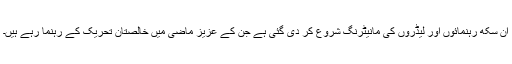
ان سکھ رہنمائوں اور لیڈروں کی مانیٹرنگ شروع کر دی گئی ہے جن کے عزیز ماضی میں خالصتان تحریک کے رہنما رہے ہیں۔